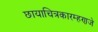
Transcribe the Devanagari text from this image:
छायाचित्रकारम्हणजे